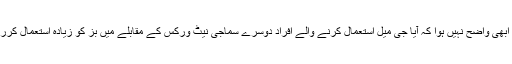
لیکن یہ ابھی واضح نہیں ہوا کہ آیا جی میل استعمال کرنے والے افراد دوسرے سماجی نیٹ ورکس کے مقابلے میں بز کو زیادہ استعمال کررہے ہیں۔